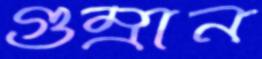
গুম্‌রান